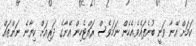
ކަމަށް އޭނާ ވަނީ ބުނެފައެވެ.އެހެން ނަމަވެސް ރައްޓެހިން އޭނާގެ ދަރިއަށް ކިޔާނެ ނަންތައް